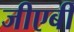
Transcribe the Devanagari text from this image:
जीएबी